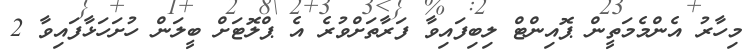
މިހާރު އެންމެމަތީން ޕޮއިންޓް ލިބިފައިވާ ފަރާތަށްވުރެ އެ ޕްލޮޓަށް ބީލަން ހުށަހަޅާފައިވާ 2